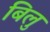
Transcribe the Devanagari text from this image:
बिलु